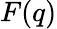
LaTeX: F(q)